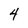
Character: 4